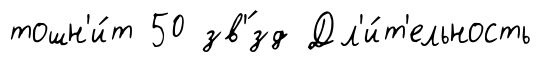
тошн'и́т 50 зв'́зд Дл'и́т'ельность